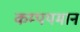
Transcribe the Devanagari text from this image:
कम्पयमान